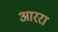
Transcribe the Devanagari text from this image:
आररा